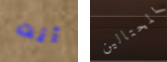
أنت المحتالين